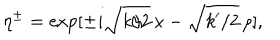
\eta ^ { \pm } = \exp [ \pm i \sqrt { k / 2 } \, x - \sqrt { k ^ { \prime } / 2 } \, \rho ] ,